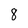
Character: 8